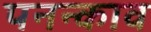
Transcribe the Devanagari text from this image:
पनन्काव